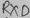
Text: RCD